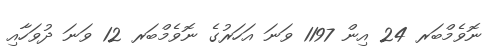
ނޮވެމްބަރ 24 އިން 1197 ވަނަ އަހަރުގެ ނޮވެމްބަރ 12 ވަނަ ދުވަހާއި